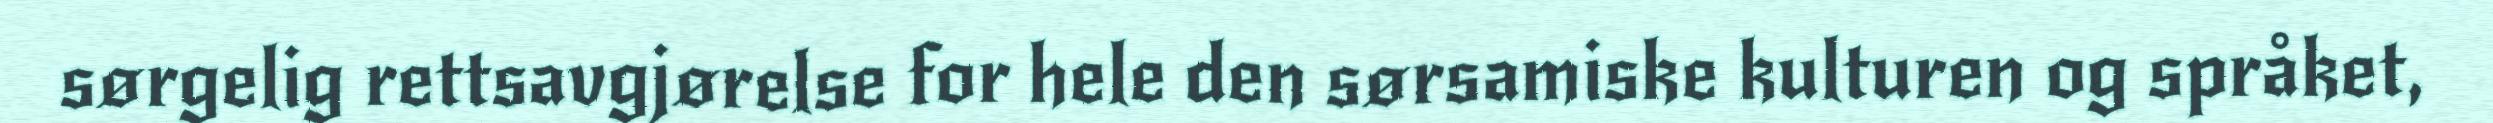
sørgelig rettsavgjørelse for hele den sørsamiske kulturen og språket,